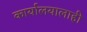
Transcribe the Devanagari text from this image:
कार्यालयालाही